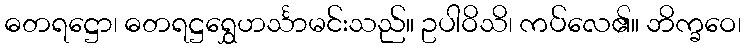
ဓတရဋ္ဌော၊ ဓတရဋ္ဌရွှေဟင်္သာမင်းသည်။ ဥပါဝိသိ၊ ကပ်လေ၏။ ဘိက္ခဝေ၊